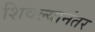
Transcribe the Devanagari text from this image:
शिवल्यानंतर